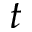
t